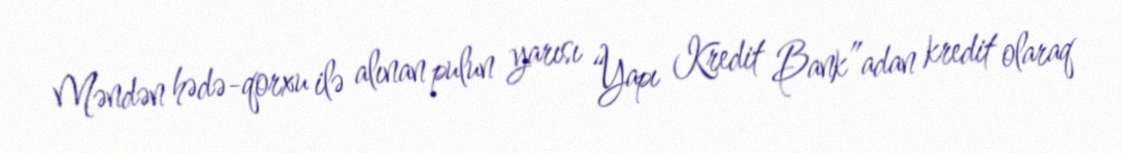
Məndən hədə-qorxu ilə alınan pulun yarısı “Yapı Kredit Bank”adan kredit olaraq